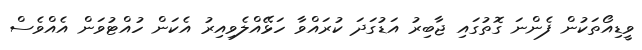
ވީޑިއޯތަކުން ފެންނަ ގޮތުގައި ޖާބިރު އަޑުގަދަ ކުރައްވާ ހަޅޭއްލެވިއިރު އެކަން ހުއްޓުވަން އެއްވެސް